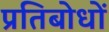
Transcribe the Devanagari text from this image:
प्रतिबोधों